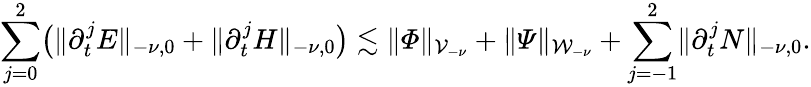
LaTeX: \sum_{j=0}^{2}\bigl(\lVert\partial_{t}^{j}E\rVert_{-\nu,0}+\lVert\partial_{t}^{j}H\rVert_{-\nu,0}\bigr)\lesssim\lVert\varPhi\rVert_{\mathcal{V}_{-\nu}}+\lVert\varPsi\rVert_{\mathcal{W}_{-\nu}}+\sum_{j=-1}^{2}\lVert\partial_{t}^{j}N\rVert_{-\nu,0}.